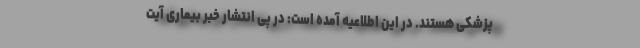
پزشکی هستند. در این اطلاعیه آمده است: در پی انتشار خبر بیماری آیت